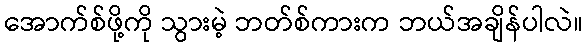
အောက်စ်ဖို့ကို သွားမဲ့ ဘတ်စ်ကားက ဘယ်အချိန်ပါလဲ။